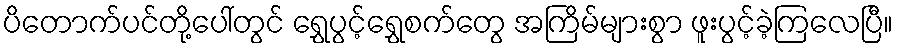
ပိတောက်ပင်တို့ပေါ်တွင် ရွှေပွင့်ရွှေစက်တွေ အကြိမ်များစွာ ဖူးပွင့်ခဲ့ကြလေပြီ။